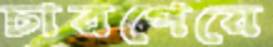
চারপেয়ে